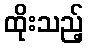
ထိုးသည့်